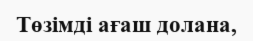
Төзімді ағаш долана,